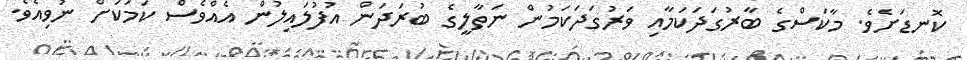
ކޮނޑަށެވެ. މާކަސްގެ ބާރުގަދަކަމާއި ވަރުގަދަކަމުން ނަތާލީގެ ބުރަދަން އުފުލައިލުން އެއްވެސް ކަމަކަށް ނުވިއެވެ.